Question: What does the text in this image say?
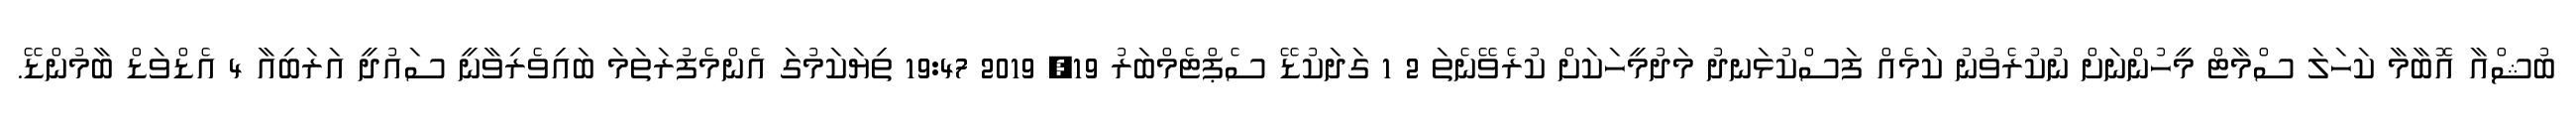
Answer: ބުޝްއާ އޮބާމާ ކަހަލަ ސްމާޓް މީހުންނަށް ނުކުރެވުނު ކަމެއް ފަސްކުޅަނދު މަދުމީހަކަށް ކުރެވޭނެތަ 2 1 ގަދަކުޑޭ ސެޕްޓެމްބަރު 19, 2019 19:47 ތިޔަކަމުގަ އެންމެފުރަތަމަ ބައިވެރިވާނީ ސައުދީ އަރަބިއާ 4 އެޑްވަޑް ބާމުންޑޭ.